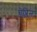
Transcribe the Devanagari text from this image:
चेप्लिन